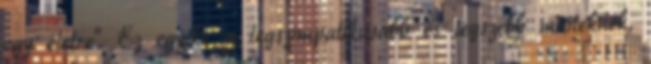
egy életre". Ez egyike a legszimpatikusabb és legszebb maileknek,